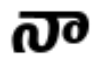
నా